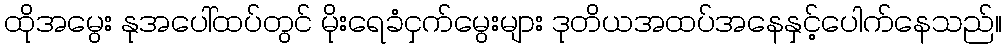
ထိုအမွေး နုအပေါ်ထပ်တွင် မိုးရေခံငှက်မွေးများ ဒုတိယအထပ်အနေနှင့်ပေါက်နေသည်။